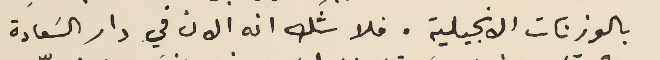
بالوزنات الانجيلية. فلا شك انه الان في دار السَعادة